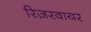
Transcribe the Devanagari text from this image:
रिज़रवायर